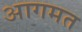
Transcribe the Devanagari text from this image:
आगमत